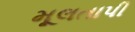
મૂલતાપી